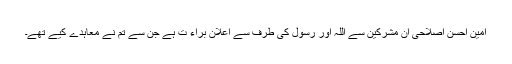
امین احسن اصلاحی ان مشرکین سے اللہ اور رسول کی طرف سے اعلان براء ت ہے جن سے تم نے معاہدے کیے تھے۔